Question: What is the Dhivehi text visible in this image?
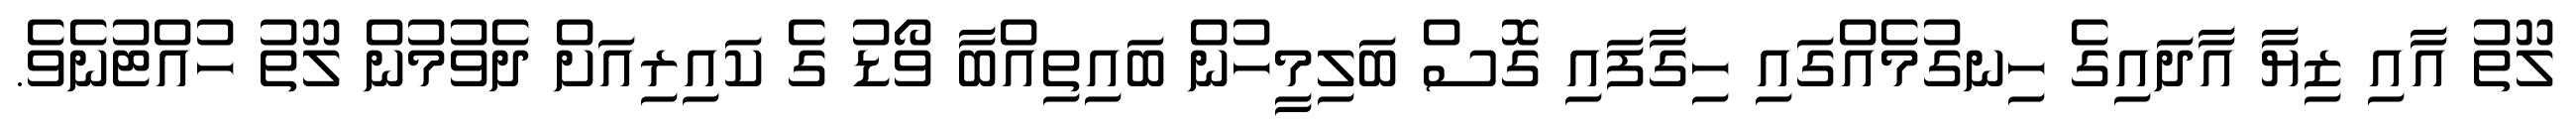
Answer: ލޫތު އާއި ޒިޔާ އާދައިގެ ހިނގުމެއްގައި ހިގާފައި ގޮސް ބަލިމީހުން ބައިތިއްބާ ވޯޑު ގެ ކައިރިއަށް ދެވުމުން ލޫތު ހުއްޓުނެވެ.